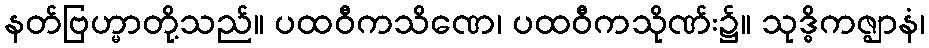
နတ်ဗြဟ္မာတို့သည်။ ပထဝီကသိဏေ၊ ပထဝီကသိုဏ်း၌။ သုဒ္ဓိကဇ္ဈာနံ၊